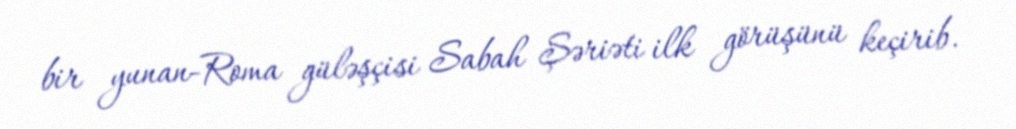
bir yunan-Roma güləşçisi Sabah Şəriəti ilk görüşünü keçirib.